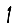
Digit: 1